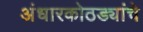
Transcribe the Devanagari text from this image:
अंधारकोठड्यांचे